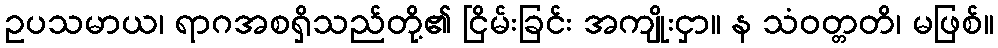
ဥပသမာယ၊ ရာဂအစရှိသည်တို့၏ ငြိမ်းခြင်း အကျိုးငှာ။ န သံဝတ္တတိ၊ မဖြစ်။